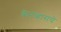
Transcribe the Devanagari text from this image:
कॅनव्हासचे